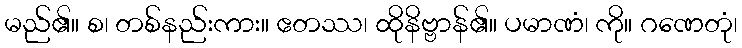
မည်၏။ စ၊ တစ်နည်းကား။ ဧတဿ၊ ထိုနိဗ္ဗာန်၏။ ပမာဏံ၊ ကို။ ဂဏေတုံ၊